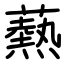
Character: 爇